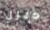
ديزل